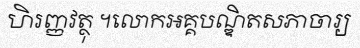
ហិរញ្ញវត្ថុ ។លោកអគ្គបណ្ឌិតសភាចារ្យ